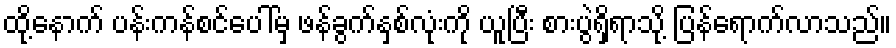
ထို့နောက် ပန်းကန်စင်ပေါ်မှ ဖန်ခွက်နှစ်လုံးကို ယူပြီး စားပွဲရှိရာသို့ ပြန်ရောက်လာသည်။